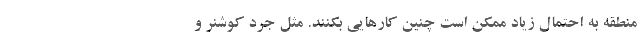
منطقه به احتمال زیاد ممکن است چنین کارهایی بکنند. مثل جرد کوشنر و